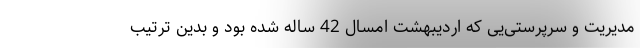
مدیریت و سرپرستی‌یی که اردیبهشت امسال 42 ساله شده بود و بدین ترتیب